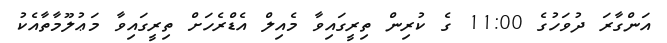
އަންގާރަ ދުވަހުގެ 11:00 ގެ ކުރިން ތިރީގައިވާ މެއިލް އެޑްރެހަށް ތިރީގައިވާ މަޢުލޫމާތާއެކު